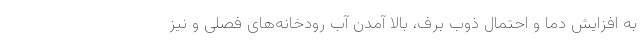
به افزایش دما و احتمال ذوب برف، بالا آمدن آب رودخانه‌های فصلی و نیز